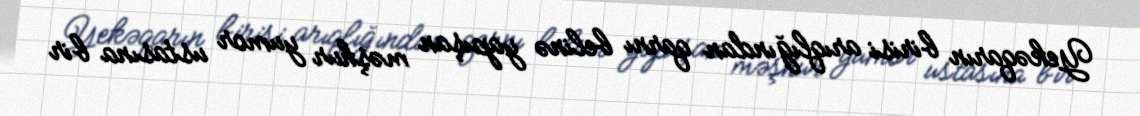
Yekəqarın birisi arıqlığından qarnı belinə yapışan məşhur yumor ustasına bir